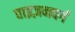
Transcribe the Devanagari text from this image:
वाइज़नवर्ग